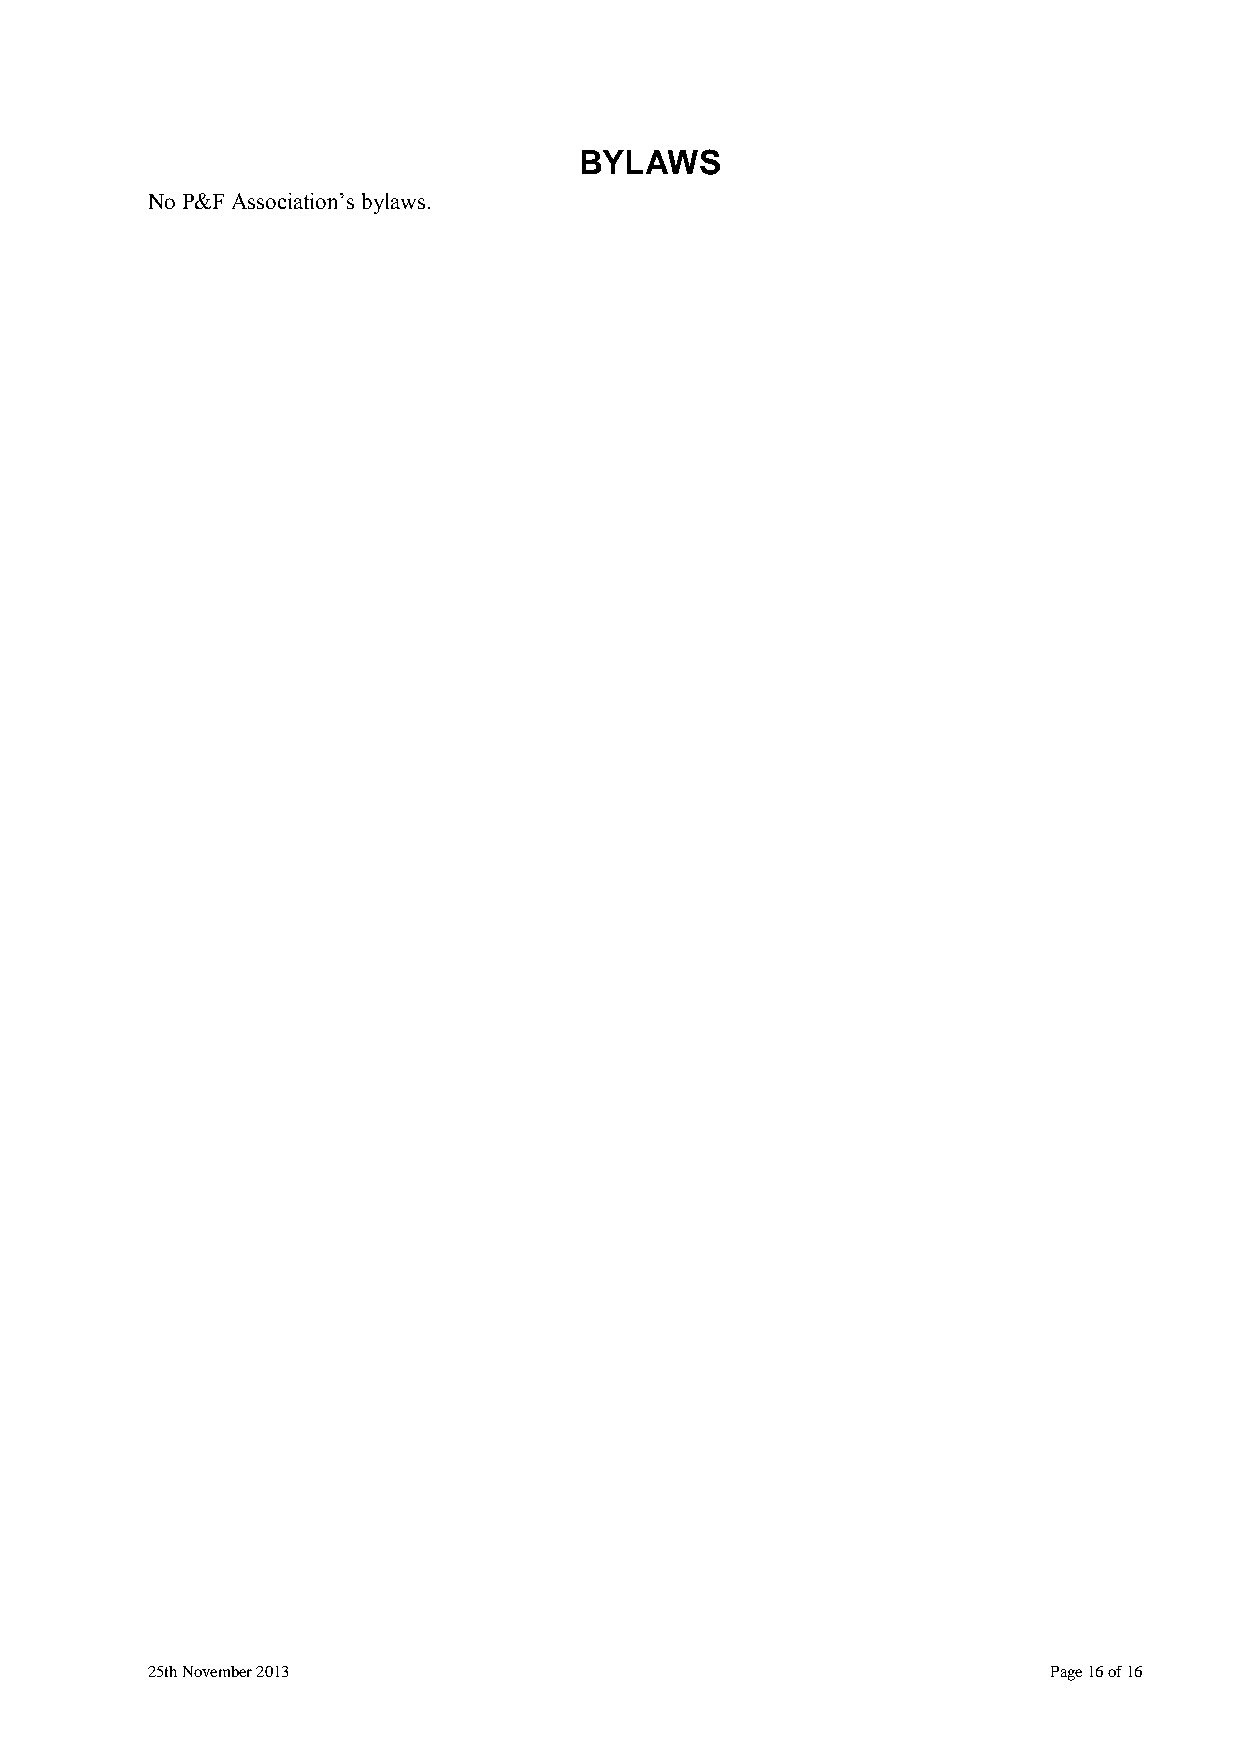
BYLAWS
 No P&F Association‟s bylaws.
 25th November 2013                                         Page 16 of 16